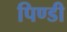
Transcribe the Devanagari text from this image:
पिण्डी